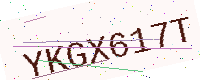
Text: YKGX617T